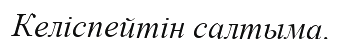
Келіспейтін салтыма.